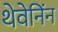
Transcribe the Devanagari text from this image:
थेवेनिंन